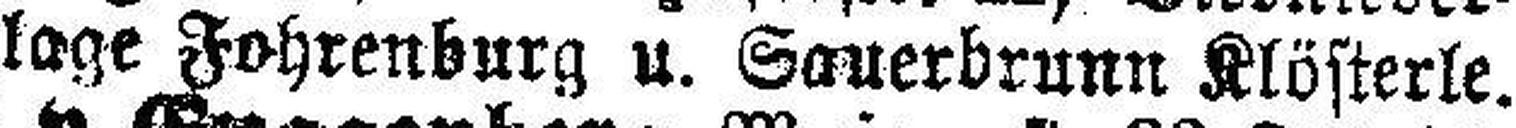
lage Fohrenburg u. Sauerbrunn Klösterle.